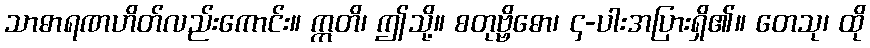
သာဓာရဏဟိတ်လည်းကောင်း။ ဣတိ၊ ဤသို့။ စတုဗ္ဗိဓော၊ ၄-ပါးအပြားရှိ၏။ တေသု၊ ထို